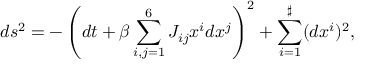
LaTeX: d s ^ { 2 } = - \left( d t + \beta \sum _ { i , j = 1 } ^ { 6 } J _ { i j } x ^ { i } d x ^ { j } \right) ^ { 2 } + \sum _ { i = 1 } ^ { \sharp } ( d x ^ { i } ) ^ { 2 } ,